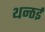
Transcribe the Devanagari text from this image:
थन्ठई